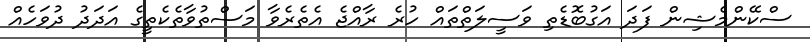
ސްކޭންމެޝިން ފަދަ އަގުބޮޑެތި ވަސީލަތްތައް ހުރެ ރާއްޖެ އެތެރެވާ މަސްތުވާތެކެތީގެ އަދަދު ދުވަހެއް